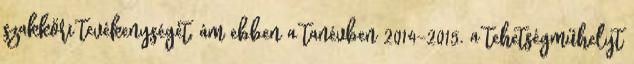
szakköri tevékenységét, ám ebben a tanévben 2014–2015. a tehetségműhelyt